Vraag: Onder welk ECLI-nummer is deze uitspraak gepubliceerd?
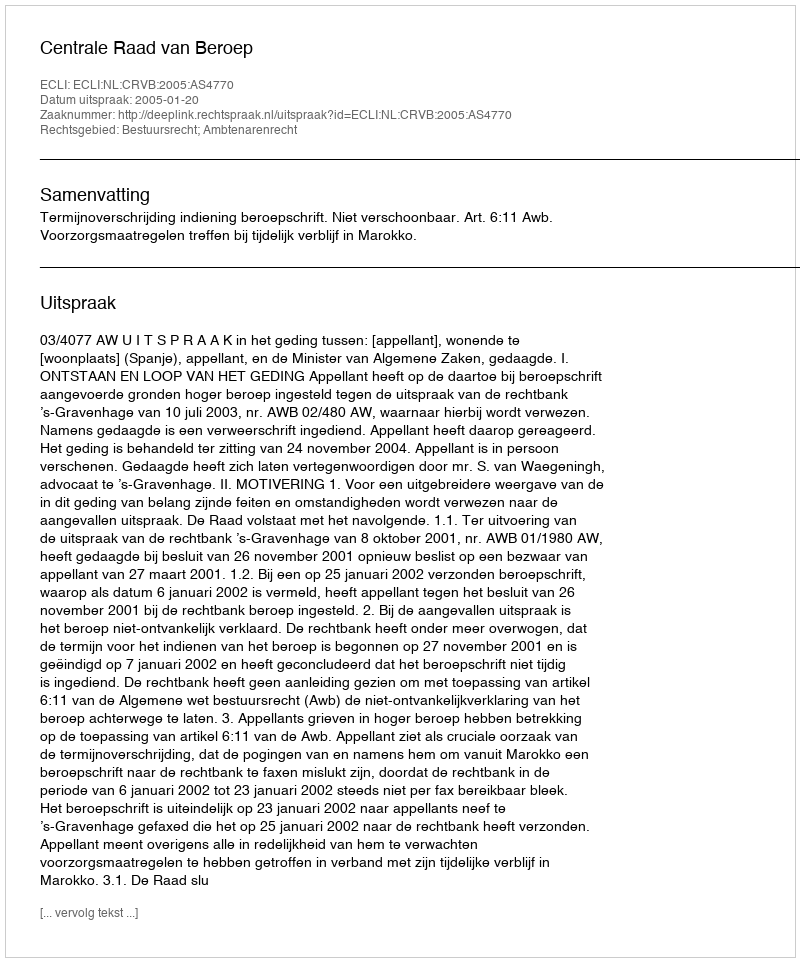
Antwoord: ECLI:NL:CRVB:2005:AS4770